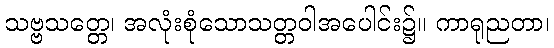
သဗ္ဗသတ္တေ၊ အလုံးစုံသောသတ္တဝါအပေါင်း၌။ ကာရုညတာ၊